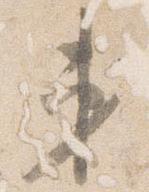
第